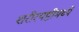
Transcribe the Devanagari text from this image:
शरीरयष्टीमध्ये